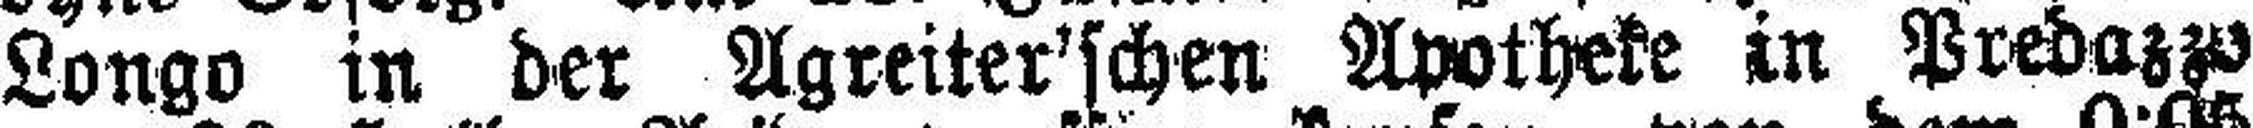
Longo in der Agreiter'schen Apotheke in Predazz###